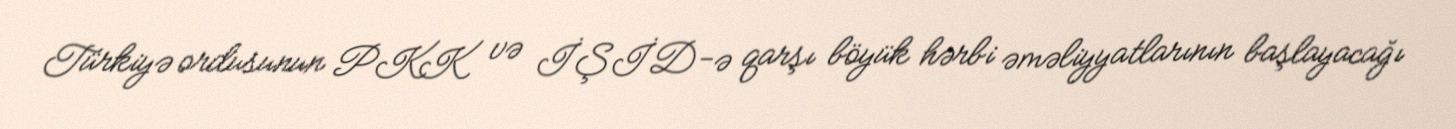
Türkiyə ordusunun PKK və İŞİD-ə qarşı böyük hərbi əməliyyatlarının başlayacağı